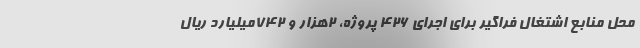
محل منابع اشتغال فراگیر برای اجرای ۴۲۶ پروژه، ۲هزار و ۷۴۲میلیارد ریال